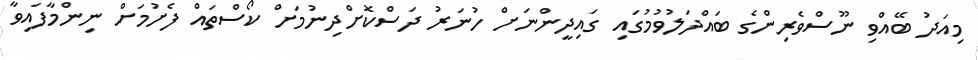
މިއަދު ބޭއްވި ނޫސްވެރިންގެ ބައްދަލުވުމުގައި ގައިދީންނަށް ހުނަރު ދަސްކޮށްދިނުމަށް ކޯސްތައް ފެށުމަށް ނިންމާފައިވާ